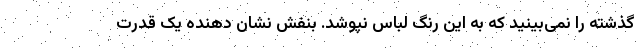
گذشته را نمی‌بینید که به این رنگ لباس نپوشد. بنفش نشان دهنده یک قدرت